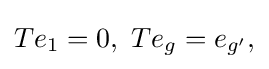
\displaystyle {Te_{1}=0,\,\,Te_{g}=e_{g^{\prime }},}